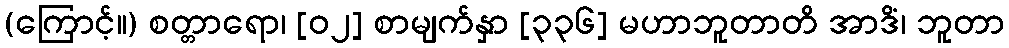
(ကြောင့်။) စတ္တာရော၊ [၀၂] စာမျက်နှာ [၃၃၆] မဟာဘူတာတိ အာဒိံ၊ ဘူတာ